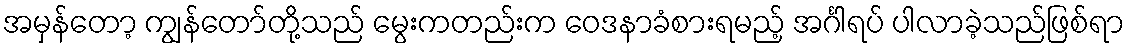
အမှန်တော့ ကျွန်တော်တို့သည် မွေးကတည်းက ဝေဒနာခံစားရမည့် အင်္ဂါရပ် ပါလာခဲ့သည်ဖြစ်ရာ